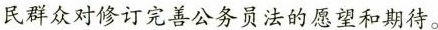
民群众对修订完善公务员法的愿望和期待。